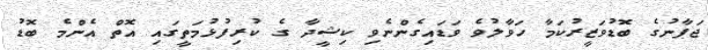
ޖަޕާނުގެ ބޮޑުވަޒީރުކަމާ ހަވާލުވެ ވަޑައިގެންނެވި ކިޝީދާ ގެ ކުރިފުޅުމަތީގައި އޮތް އެންމެ ބޮޑު